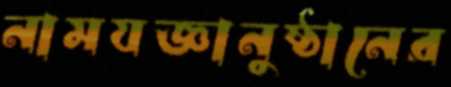
নামযজ্ঞানুষ্ঠানের